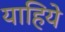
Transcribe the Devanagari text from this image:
याहिये